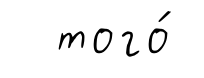
того́